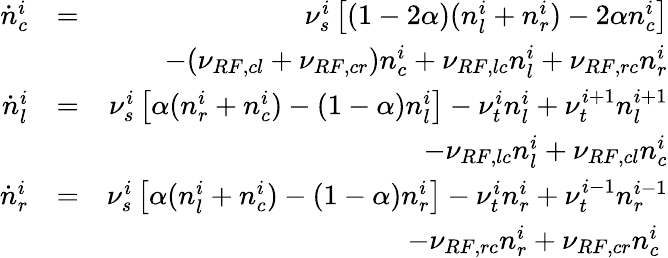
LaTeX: \begin{array}{rlr}{\dot{n}_{c}^{i}}&{=}&{\nu_{s}^{i}\left[(1-2\alpha)(n_{l}^{i}+n_{r}^{i})-2\alpha n_{c}^{i}\right]}\\ &{}&{-(\nu_{RF,cl}+\nu_{RF,cr})n_{c}^{i}+\nu_{RF,lc}n_{l}^{i}+\nu_{RF,rc}n_{r}^{i}}\\ {\dot{n}_{l}^{i}}&{=}&{\nu_{s}^{i}\left[\alpha(n_{r}^{i}+n_{c}^{i})-(1-\alpha)n_{l}^{i}\right]-\nu_{t}^{i}n_{l}^{i}+\nu_{t}^{i+1}n_{l}^{i+1}}\\ &{}&{-\nu_{RF,lc}n_{l}^{i}+\nu_{RF,cl}n_{c}^{i}}\\ {\dot{n}_{r}^{i}}&{=}&{\nu_{s}^{i}\left[\alpha(n_{l}^{i}+n_{c}^{i})-(1-\alpha)n_{r}^{i}\right]-\nu_{t}^{i}n_{r}^{i}+\nu_{t}^{i-1}n_{r}^{i-1}}\\ &{}&{-\nu_{RF,rc}n_{r}^{i}+\nu_{RF,cr}n_{c}^{i}\; }\end{array}